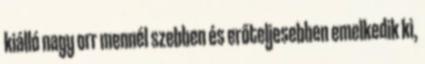
kiálló nagy orr mennél szebben és erőteljesebben emelkedik ki,